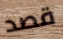
قصد